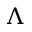
\Lambda